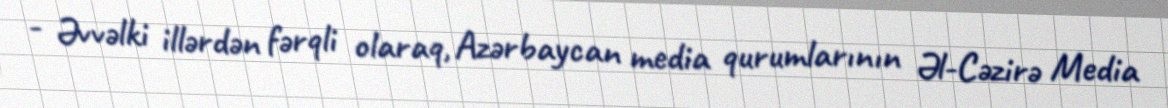
- Əvvəlki illərdən fərqli olaraq, Azərbaycan media qurumlarının Əl-Cəzirə Media